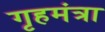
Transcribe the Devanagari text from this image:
गृहमंत्रा